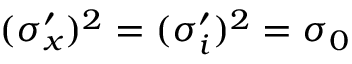
( \sigma _ { x } ^ { \prime } ) ^ { 2 } = ( \sigma _ { i } ^ { \prime } ) ^ { 2 } = \sigma _ { 0 }